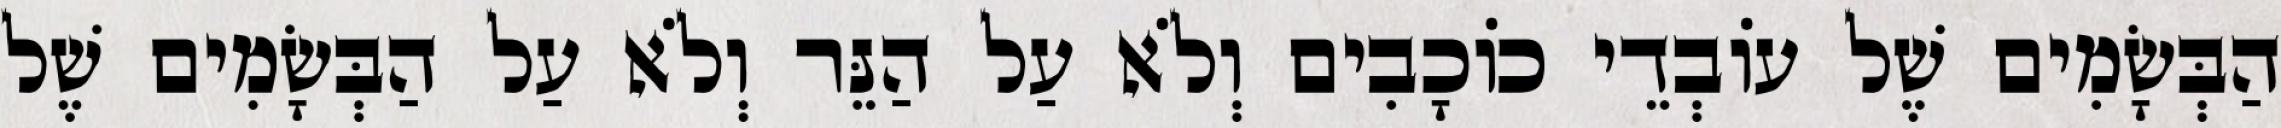
הַבְּשָׂמִים שֶׁל עוֹבְדֵי כוֹכָבִים וְלֹא עַל הַנֵּר וְלֹא עַל הַבְּשָׂמִים שֶׁל